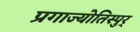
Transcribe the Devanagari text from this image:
प्रगाज्योतिस्पुर्